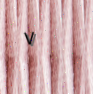
٧